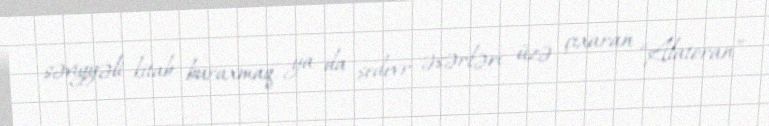
səviyyəli kitab buraxmaq, ya da şedevr əsərləri üzə çıxaran “Alatoran”